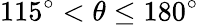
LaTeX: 115^{\circ}<\theta\leq 180^{\circ}